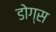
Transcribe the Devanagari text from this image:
डोग्स